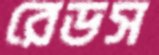
রেডস